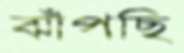
ঝাঁপছি